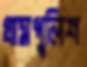
গ্রামপুলিশ